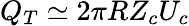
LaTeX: {Q_{T}\simeq 2\pi RZ_{c}U_{c}}